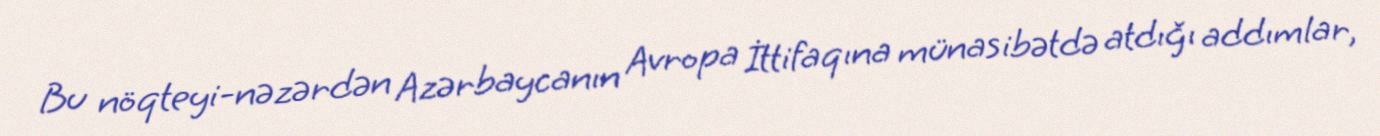
Bu nöqteyi-nəzərdən Azərbaycanın Avropa İttifaqına münasibətdə atdığı addımlar,